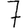
Digit: 7